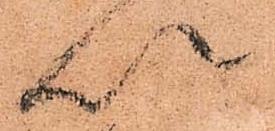
以